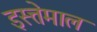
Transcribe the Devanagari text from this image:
इस्त्तेमाल